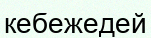
кебежедей